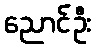
ညောင်ဦး